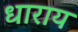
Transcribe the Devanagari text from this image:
धाराय